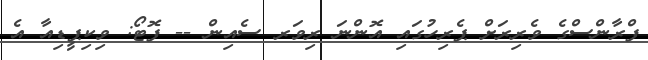
ފްރާންސްގެ ވެރިރަށް ޕެރިހުގައި އޮންނަ ރިވަރ ސެއިން -- ފޮޓޯ: ވިކިޕީޑިއާ އެ